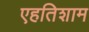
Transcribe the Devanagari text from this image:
एहतिशाम